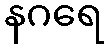
နဂရေ